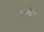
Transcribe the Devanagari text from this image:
अंतोकु